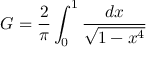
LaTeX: G = { \frac { 2 } { \pi } } \int _ { 0 } ^ { 1 } { \frac { d x } { \sqrt { 1 - x ^ { 4 } } } }